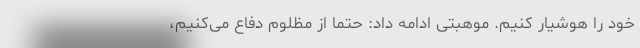
خود را هوشیار کنیم. موهبتی ادامه داد: حتما از مظلوم دفاع می‌کنیم،